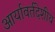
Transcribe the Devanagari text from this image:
आर्यावर्तदेशीय